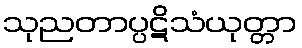
သုညတာပ္ပဋိသံယုတ္တာ